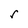
Character: r